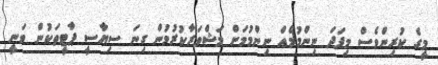
މީގެ ކުރިންވެސް މިފަދަ ނިންމުމެއް ނިންމުމަށް މަޝްވަރާކުރުމުން ގިނަ ސިޔާސީ ޕާޓީތަކުން ވަނީ